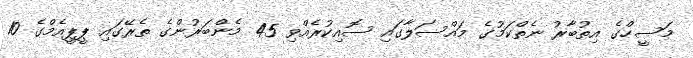
މަސީހްގެ އިތުބާރު ނެތްކަމުގެ މައްސަލާގައި ސޮއިކުރެއްވި 45 މެންބަރުންގެ ތެރޭގައި ޕީޕީއެމްގެ 10